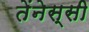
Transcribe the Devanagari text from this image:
तेंनेस्सी